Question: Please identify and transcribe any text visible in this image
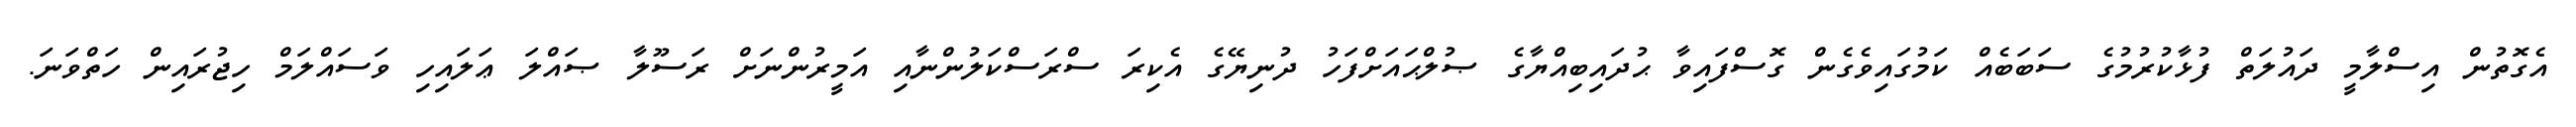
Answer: އެގޮތުން އިސްލާމީ ދައުލަތް ފުޅާކުރުމުގެ ސަބަބެއް ކަމުގައިވެގެން ގޮސްފައިވާ ޙުދައިބިއްޔާގެ ޞުލްޙައަށްފަހު ދުނިޔޭގެ އެކިރަ ސްރަސްކަލުންނާއި އަމީރުންނަށް ރަސޫލާ ޞައްލަ ޢަލައިހި ވަސައްލަމް ހިޖުރައިން ހަތްވަނަ.